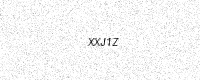
Text: XXJ1Z